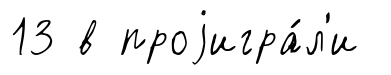
13 в проjигра́л'и